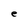
Character: e